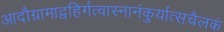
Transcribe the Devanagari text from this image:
आदौग्रामाद्वहिर्गत्वास्नानंकुर्यात्सचैलकं